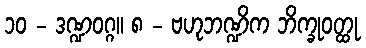
၁၀ - ဒဏ္ဍဝဂ္ဂ။ ၈ - ဗဟုဘဏ္ဍိက ဘိက္ခုဝတ္ထု